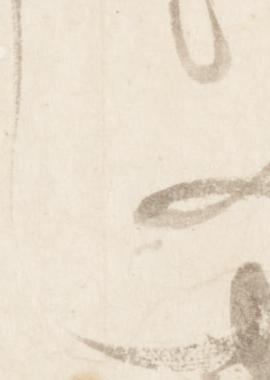
也